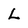
Character: L